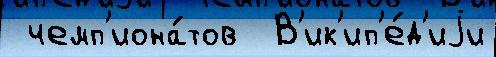
 чемп'иона́тов  В'ик'ип'е́д'иjи